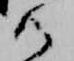
御